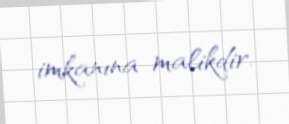
imkanına malikdir.